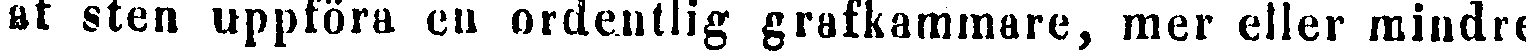
af sten uppföra en ordentlig grafkammare, mer eller mindre